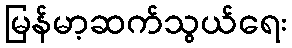
မြန်မာ့ဆက်သွယ်ရေး